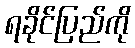
ရခိုင်ပြည်ကို